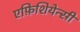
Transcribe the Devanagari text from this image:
एफ़िशियेन्सी